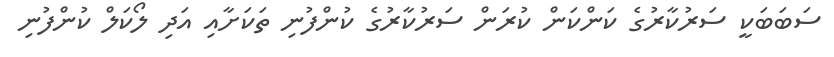
ސަބަބަކީ ސަރުކާރުގެ ކަންކަން ކުރަން ސަރުކާރުގެ ކުންފުނި ތަކަށާއި އަދި ލޯކަލް ކުންފުނި